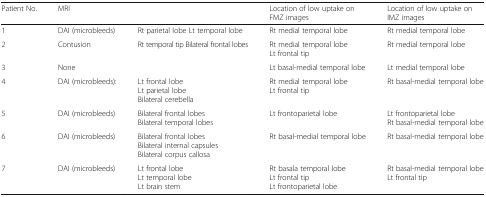
<table><thead><tr><td><b>Patient No.</b></td><td><b>MRI</b></td><td></td><td><b>Location of low uptake on FMZ images</b></td><td><b>Location of low uptake on IMZ images</b></td></tr></thead><tbody><tr><td>1</td><td>DAI (microbleeds)</td><td>Rt parietal lobe Lt temporal lobe</td><td>Rt medial temporal lobe</td><td>Rt medial temporal lobe</td></tr><tr><td>2</td><td>Contusion</td><td>Rt temporal tip Bilateral frontal lobes</td><td>Rt medial temporal lobeLt frontal tip</td><td>Rt medial temporal lobe</td></tr><tr><td>3</td><td>None</td><td></td><td>Lt basal-medial temporal lobe</td><td>Lt medial temporal lobe</td></tr><tr><td>4</td><td>DAI (microbleeds):</td><td>Lt frontal lobeLt parietal lobeBilateral cerebella</td><td>Rt medial temporal lobeLt frontal tip</td><td>Rt basal-medial temporal lobe</td></tr><tr><td>5</td><td>DAI (microbleeds)</td><td>Bilateral frontal lobesBilateral temporal lobes</td><td>Lt frontoparietal lobe</td><td>Lt frontoparietal lobeRt basal-medial temporal lobe</td></tr><tr><td>6</td><td>DAI (microbleeds)</td><td>Bilateral frontal lobesBilateral internal capsulesBilateral corpus callosa</td><td>Rt basal-medial temporal lobe</td><td>Rt basal-medial temporal lobe</td></tr><tr><td>7</td><td>DAI (microbleeds)</td><td>Lt frontal lobeLt temporal lobeLt brain stem</td><td>Rt basala temporal lobeLt frontal tipLt frontoparietal lobe</td><td>Rt basal-medial temporal lobeLt frontal tip</td></tr></tbody></table>